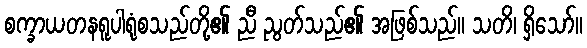
စက္ခာယတနရူပါရုံစသည်တို့၏ ညီ ညွတ်သည်၏ အဖြစ်သည်။ သတိ၊ ရှိသော်။